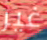
غير